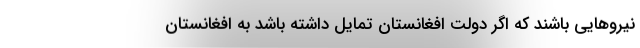
نیروهایی باشند که اگر دولت افغانستان تمایل داشته باشد به افغانستان